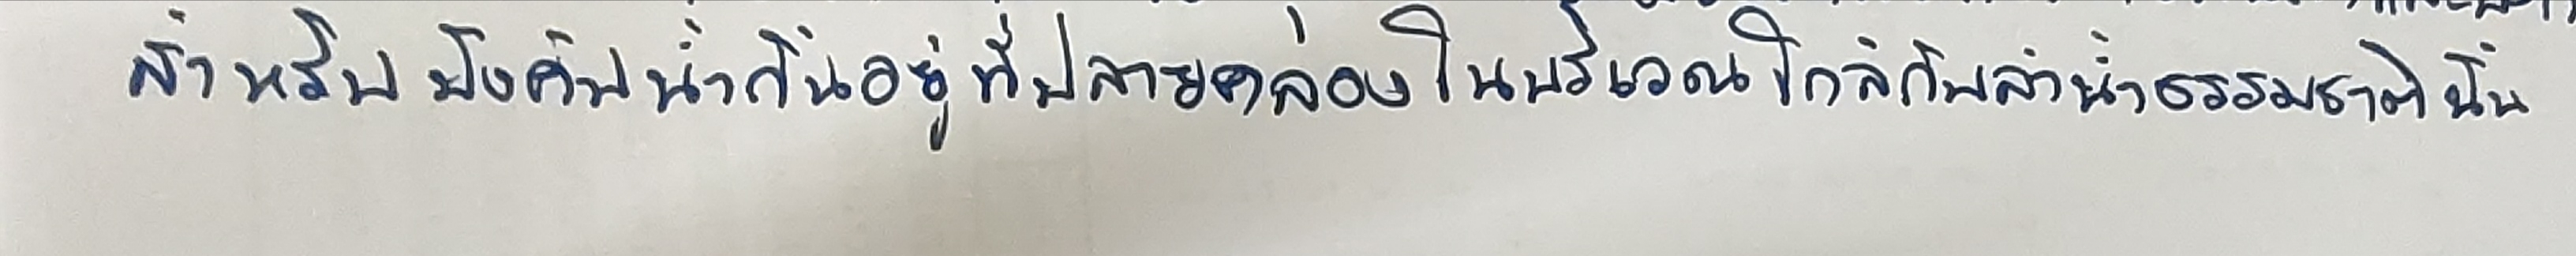
สำหรับบังคับน้ำกั้นอยู่ที่ปลายคลองในบริเวณใกล้กับลำน้ำธรรมชาตินั้น